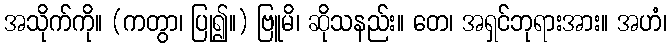
အသိုက်ကို။ (ကတွာ၊ ပြု၍။) ဗြူမိ၊ ဆိုသနည်း။ တေ၊ အရှင်ဘုရားအား။ အဟံ၊